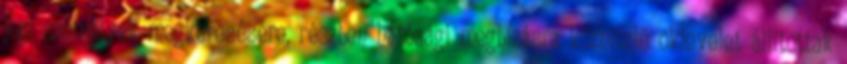
jogi személyek megkeresésére, részben hatósági megbízásra közhitelű oklevelet állítottak